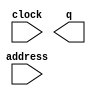
module prn5ccc (
	address,
	clock,
	q);

	input	[9:0]  address;
	input	  clock;
	output	[7:0]  q;
`ifndef ALTERA_RESERVED_QIS
// synopsys translate_off
`endif
	tri1	  clock;
`ifndef ALTERA_RESERVED_QIS
// synopsys translate_on
`endif

endmodule